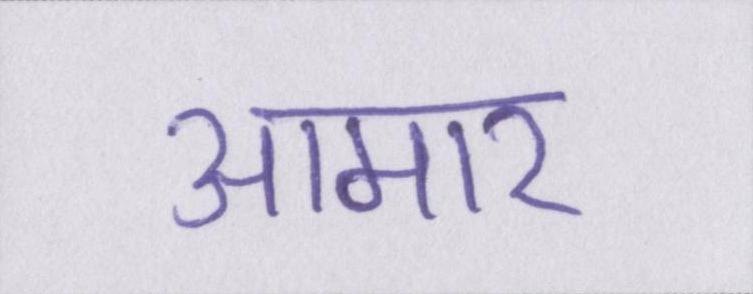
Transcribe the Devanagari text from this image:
आमार